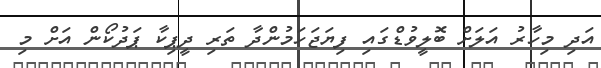
އަދި މިހާރު އަލަށް ބޮލީވުޑްގައި ފިޔަޖަހަމުންދާ ތަރި ދީޕިކާ ޕަދުކޯން އަށް މި